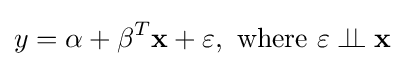
y=\alpha +\beta ^{T}{\textbf {x}}+\varepsilon ,{\text{ where }}\varepsilon \perp \!\!\!\perp {\textbf {x}}